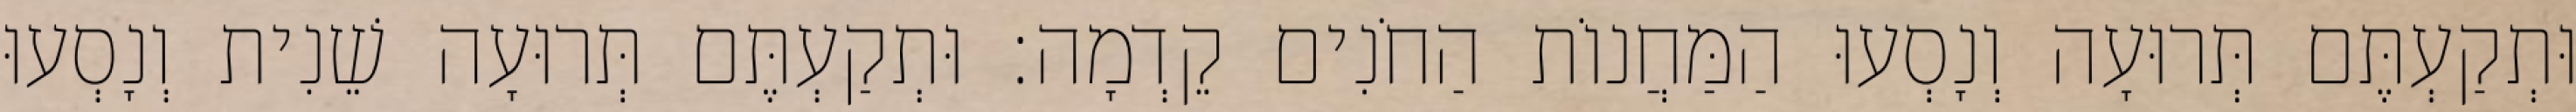
וּתְקַעְתֶּם תְּרוּעָה וְנָסְעוּ הַמַּחֲנוֹת הַחֹנִים קֵדְמָה׃ וּתְקַעְתֶּם תְּרוּעָה שֵׁנִית וְנָסְעוּ